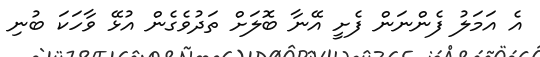
އެ އަމަލު ފެންނަން ފެށީ އޭނާ ބޮލަށް ތަދުވެގެން އުޅޭ ވާހަކަ ބުނި